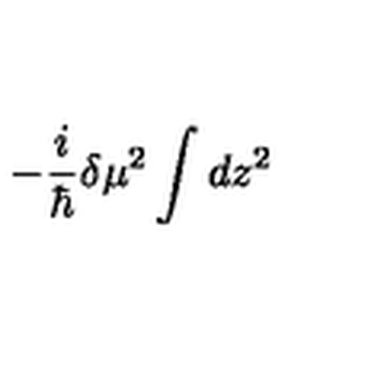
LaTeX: - \frac { i } { \hbar } \delta \mu ^ { 2 } \int d z ^ { 2 }